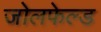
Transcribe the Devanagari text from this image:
जोलफेल्ड